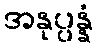
အနုပ္ပန္နံ